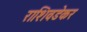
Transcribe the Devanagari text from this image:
राशिवडेकर